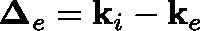
\mathbf { \Delta } _ { e } = \mathbf { k } _ { i } - \mathbf { k } _ { e }